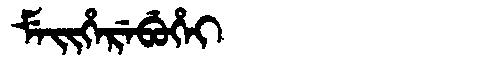
Manchu: ᠮᡝᡳᡥᡝᡵᡝᠪᡠᡥᡝᡳ
Romanization: MEIHEREBUHEI